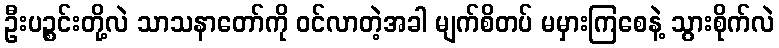
ဦးပဉ္စင်းတို့လဲ သာသနာတော်ကို ဝင်လာတဲ့အခါ မျက်စိတပ် မမှားကြစေနဲ့ သွားစိုက်လဲ